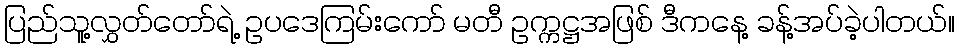
ပြည်သူ့လွှတ်တော်ရဲ့ ဥပဒေကြမ်းကော် မတီ ဥက္ကဋ္ဌအဖြစ် ဒီကနေ့ ခန့်အပ်ခဲ့ပါတယ်။